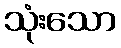
သုံးသော